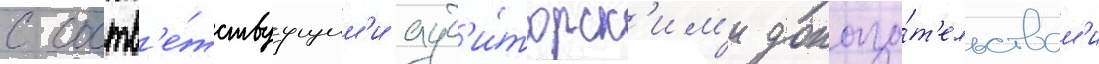
с соотв'е́тствуущим'и ауд'и́торск'им'и доказа́т'ельствам'и